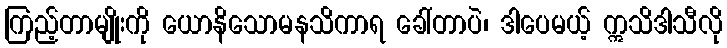
ကြည့်တာမျိုးကို ယောနိသောမနသိကာရ ခေါ်တာပဲ၊ ဒါပေမယ့် ဣသိဒါသီလို